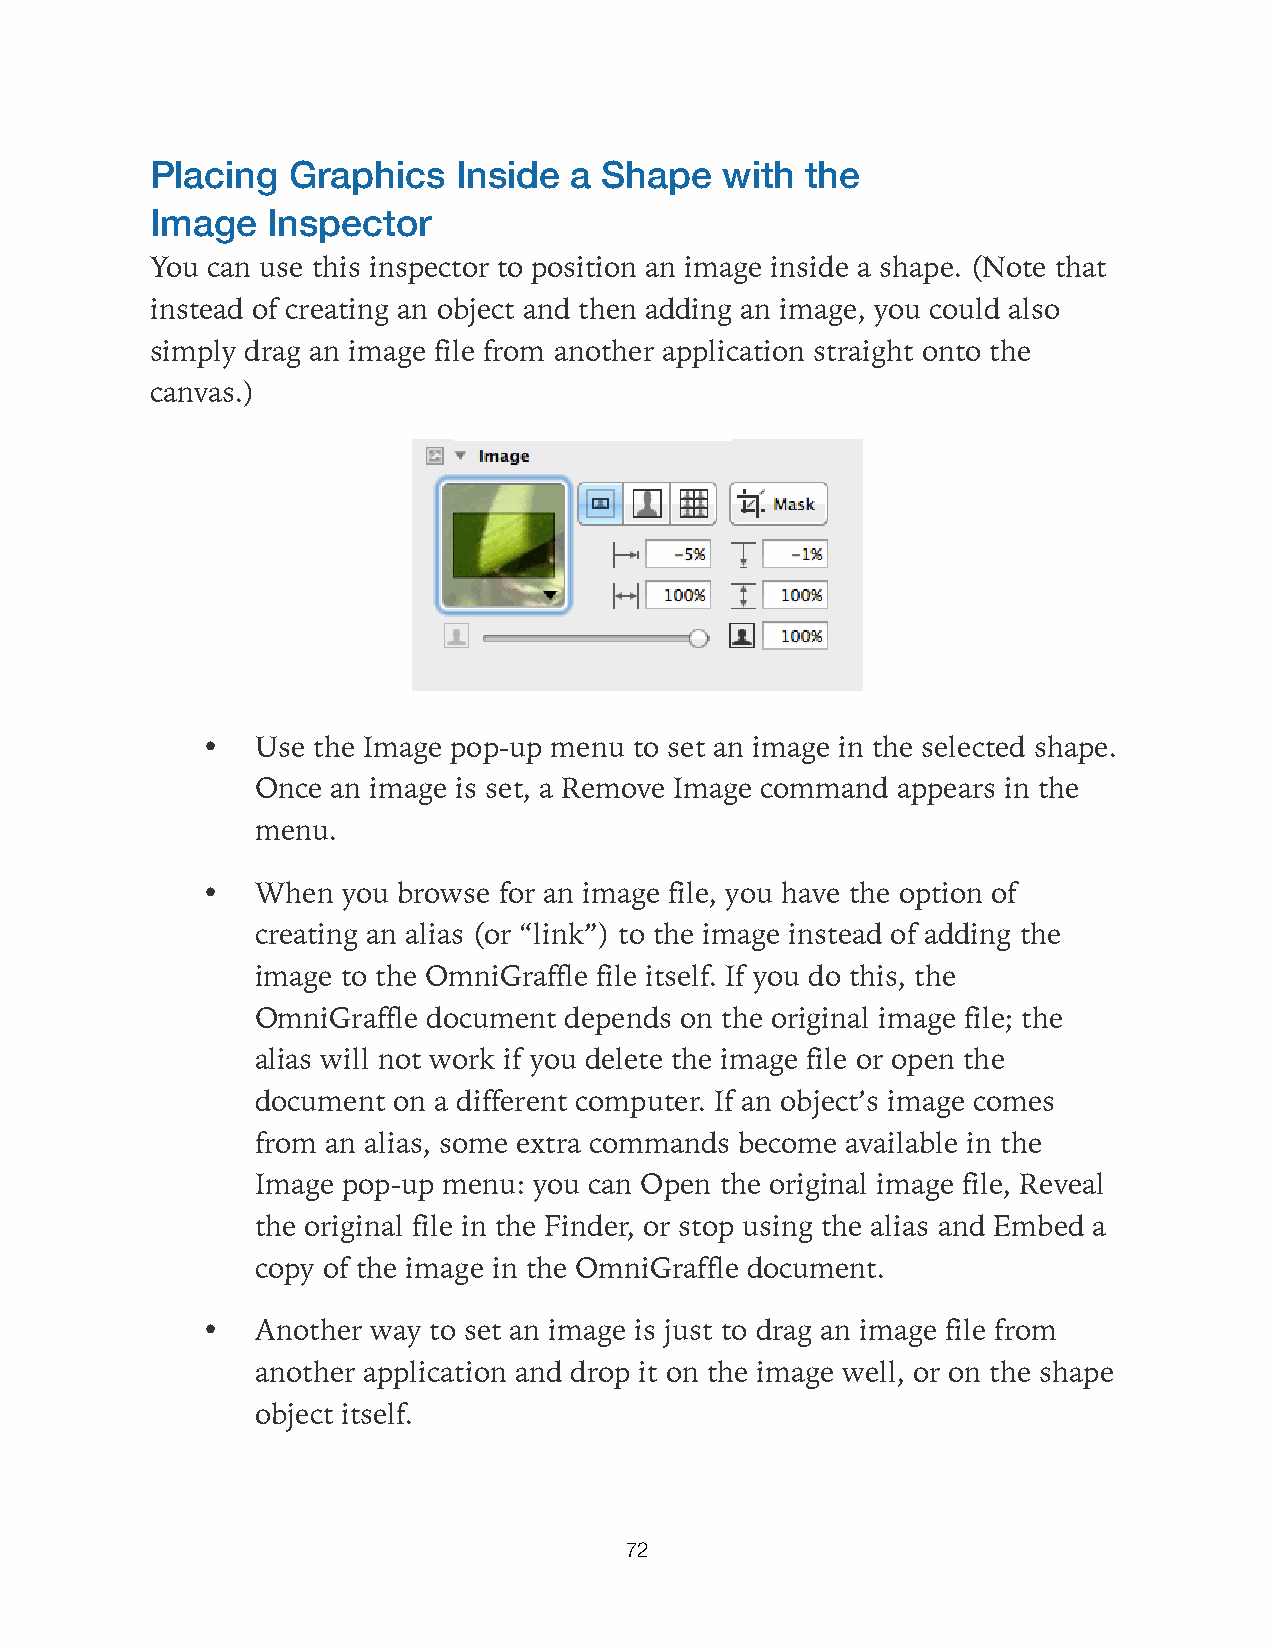
Placing  Graphics   Inside  a Shape   with the
 Image   Inspector
 You can use this inspector to position an image inside a shape. (Note that
 instead of creating an object and then adding an image, you could also
 simply drag an image file from another application straight onto the
 canvas.)
 •   Use the Image pop-up menu to set an image in the selected shape.
 Once an image is set, a Remove Image command appears in the
 menu.
 •   When  you browse for an image file, you have the option of
 creating an alias (or “link”) to the image instead of adding the
 image to the OmniGraffle file itself. If you do this, the
 OmniGraffle document depends on the original image file; the
 alias will not work if you delete the image file or open the
 document on a different computer. If an object’s image comes
 from an alias, some extra commands become available in the
 Image pop-up menu: you can Open the original image file, Reveal
 the original file in the Finder, or stop using the alias and Embed a
 copy of the image in the OmniGraffle document.
 •   Another way to set an image is just to drag an image file from
 another application and drop it on the image well, or on the shape
 object itself.
 72